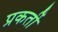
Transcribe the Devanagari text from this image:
प्रकर्ती